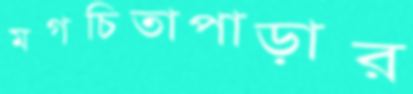
মগচিতাপাড়ার